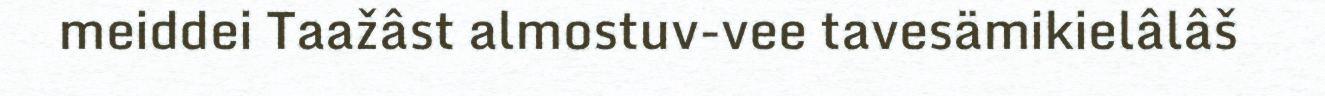
meiddei Taažâst almostuv-vee tavesämikielâlâš